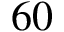
6 0